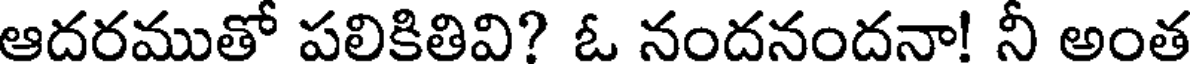
ఆదరముతో పలికితివి? ఓ నందనందనా! నీ అంత